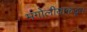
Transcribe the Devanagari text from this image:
मंगोलीयाकडून